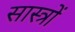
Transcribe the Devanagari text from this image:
सास्त्रों